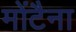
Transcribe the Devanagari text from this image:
मोंटैना